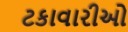
ટકાવારીઓ